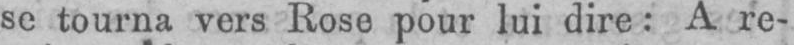
se tourna vers Rose pour lui dire: A re-